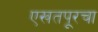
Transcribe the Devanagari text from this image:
एखतपूरचा